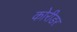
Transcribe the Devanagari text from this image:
कोरीडर